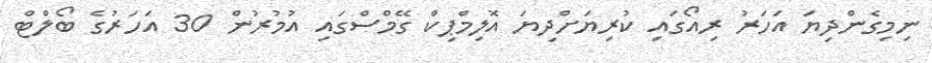
ނިމިގެންދިޔަ އަހަރު ރިއޯގައި ކުރިޔަށްދިޔަ އޮލިމްޕިކް ގޭމްސްގައި އުމުރުން 30 އަހަރުގެ ބޯލްޓް